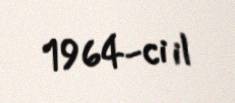
1964-ci il